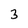
Character: 3